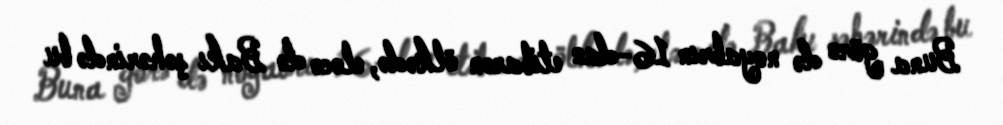
Buna görə də noyabrın 16-dan etibarən ölkədə, eləcə də Bakı şəhərində bu